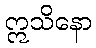
ဣသိနော